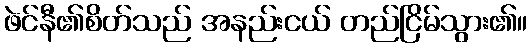
ဖဲင်နီ၏စိတ်သည် အနည်းငယ် တည်ငြိမ်သွား၏။